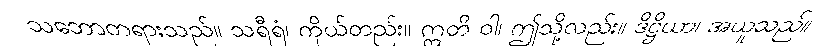
သဘောတရားသည်။ သရီရံ၊ ကိုယ်တည်း။ ဣတိ ဝါ၊ ဤသို့လည်း။ ဒိဋ္ဌိယာ၊ အယူသည်။